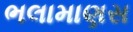
ભલામાણસ